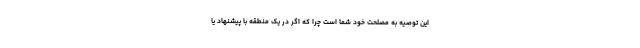
این توصیه به مصلحت خود شما است چرا که اگر در یک منطقه با پیشنهاد یا